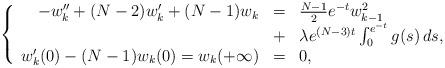
LaTeX: \begin{align*}\left\{ \begin{array}{rcl}-w_k'' + (N-2)w_k' + (N-1)w_k &=& \frac{N-1}{2} e^{-t} w_{k-1}^2 \\&+& \lambda e^{(N-3)t} \int_0^{e^{-t}} g(s) \, ds, \\w_k'(0) - (N-1) w_k(0) = w_k(+\infty) &=& 0,\end{array}\right.\end{align*}